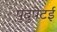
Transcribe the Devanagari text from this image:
पुदुपेटई